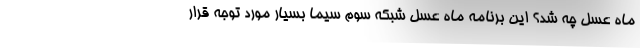
ماه عسل چه شد؟ این برنامه ماه عسل شبکه سوم سیما بسیار مورد توجه قرار